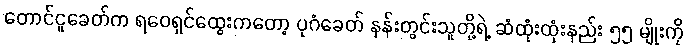
တောင်ငူခေတ်က ရဝေရှင်ထွေးကတော့ ပုဂံခေတ် နန်းတွင်းသူတို့ရဲ့ ဆံထုံးထုံးနည်း ၅၅ မျိုးကို